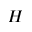
H